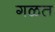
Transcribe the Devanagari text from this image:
गळत